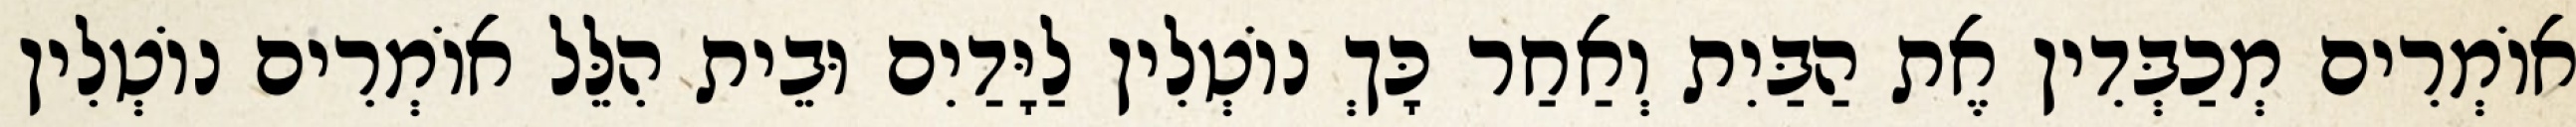
אוֹמְרִים מְכַבְּדִין אֶת הַבַּיִת וְאַחַר כָּךְ נוֹטְלִין לַיָּדַיִם וּבֵית הִלֵּל אוֹמְרִים נוֹטְלִין